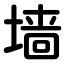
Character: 墙